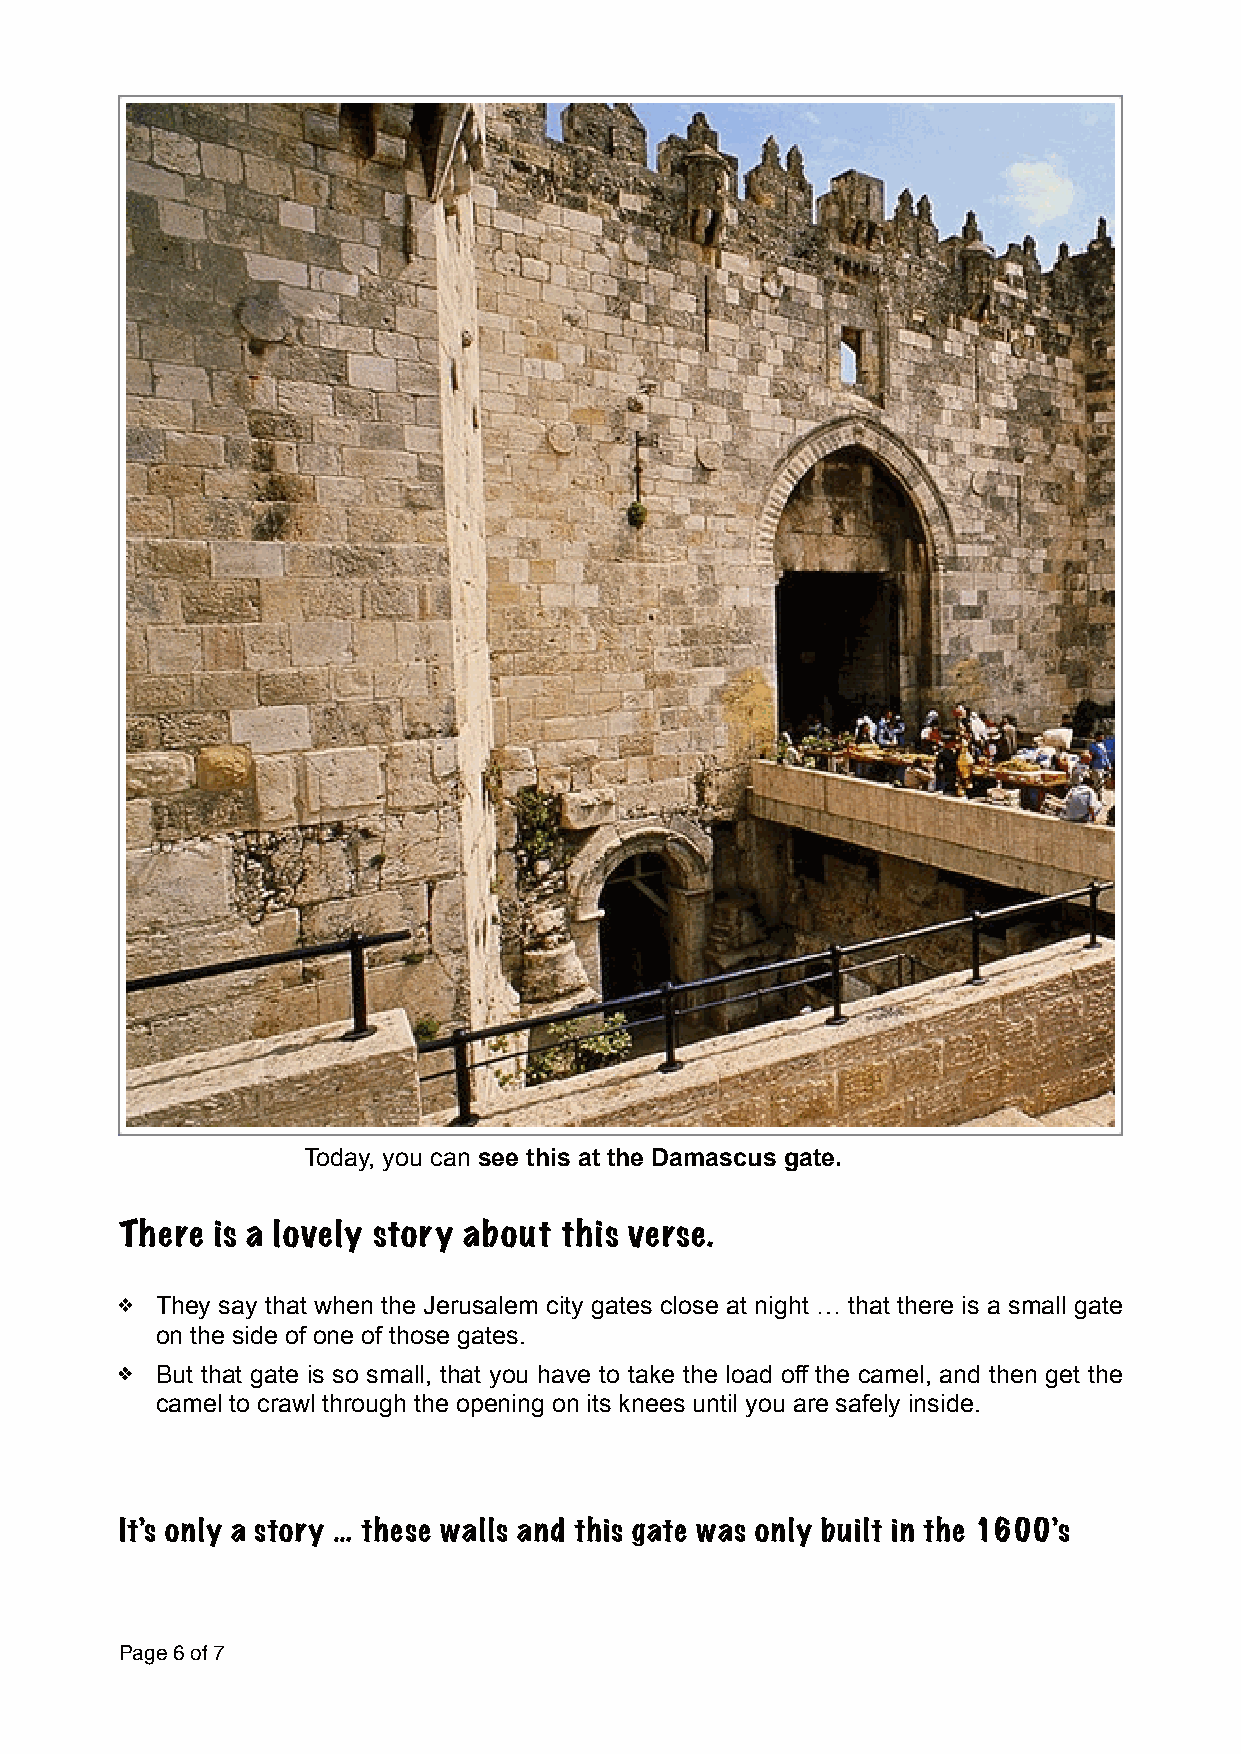
Today, you can see this at the Damascus gate.
 There is a lovely story about this verse.
 They say that when the Jerusalem city gates close at night … that there is a small gate
 on the side of one of those gates.
 But that gate is so small, that you have to take the load off the camel, and then get the
 camel to crawl through the opening on its knees until you are safely inside.
 It’s only a story … these walls and this gate was only built in the 1600’s
 Page 6 of 7